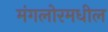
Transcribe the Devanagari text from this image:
मंगलोरमधील